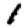
Digit: 1